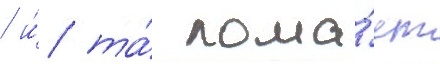
/ и́ та́ лома́ет